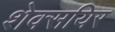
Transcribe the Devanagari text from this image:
शेक्सयिर